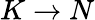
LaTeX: K\to N